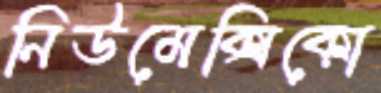
নিউমেক্সিকো